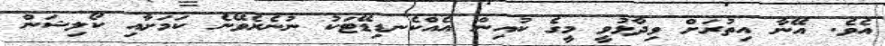
އެވެ. އޭނާ އިތުރަށް ވިދާޅުވީ މީގެ ކުއިން އެއްކެނޑިޑޭޓަކު ނުނެރެވޭނެ ކަަމަށާއި ކޯލިޝަން